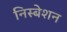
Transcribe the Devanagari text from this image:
निस्बेशन